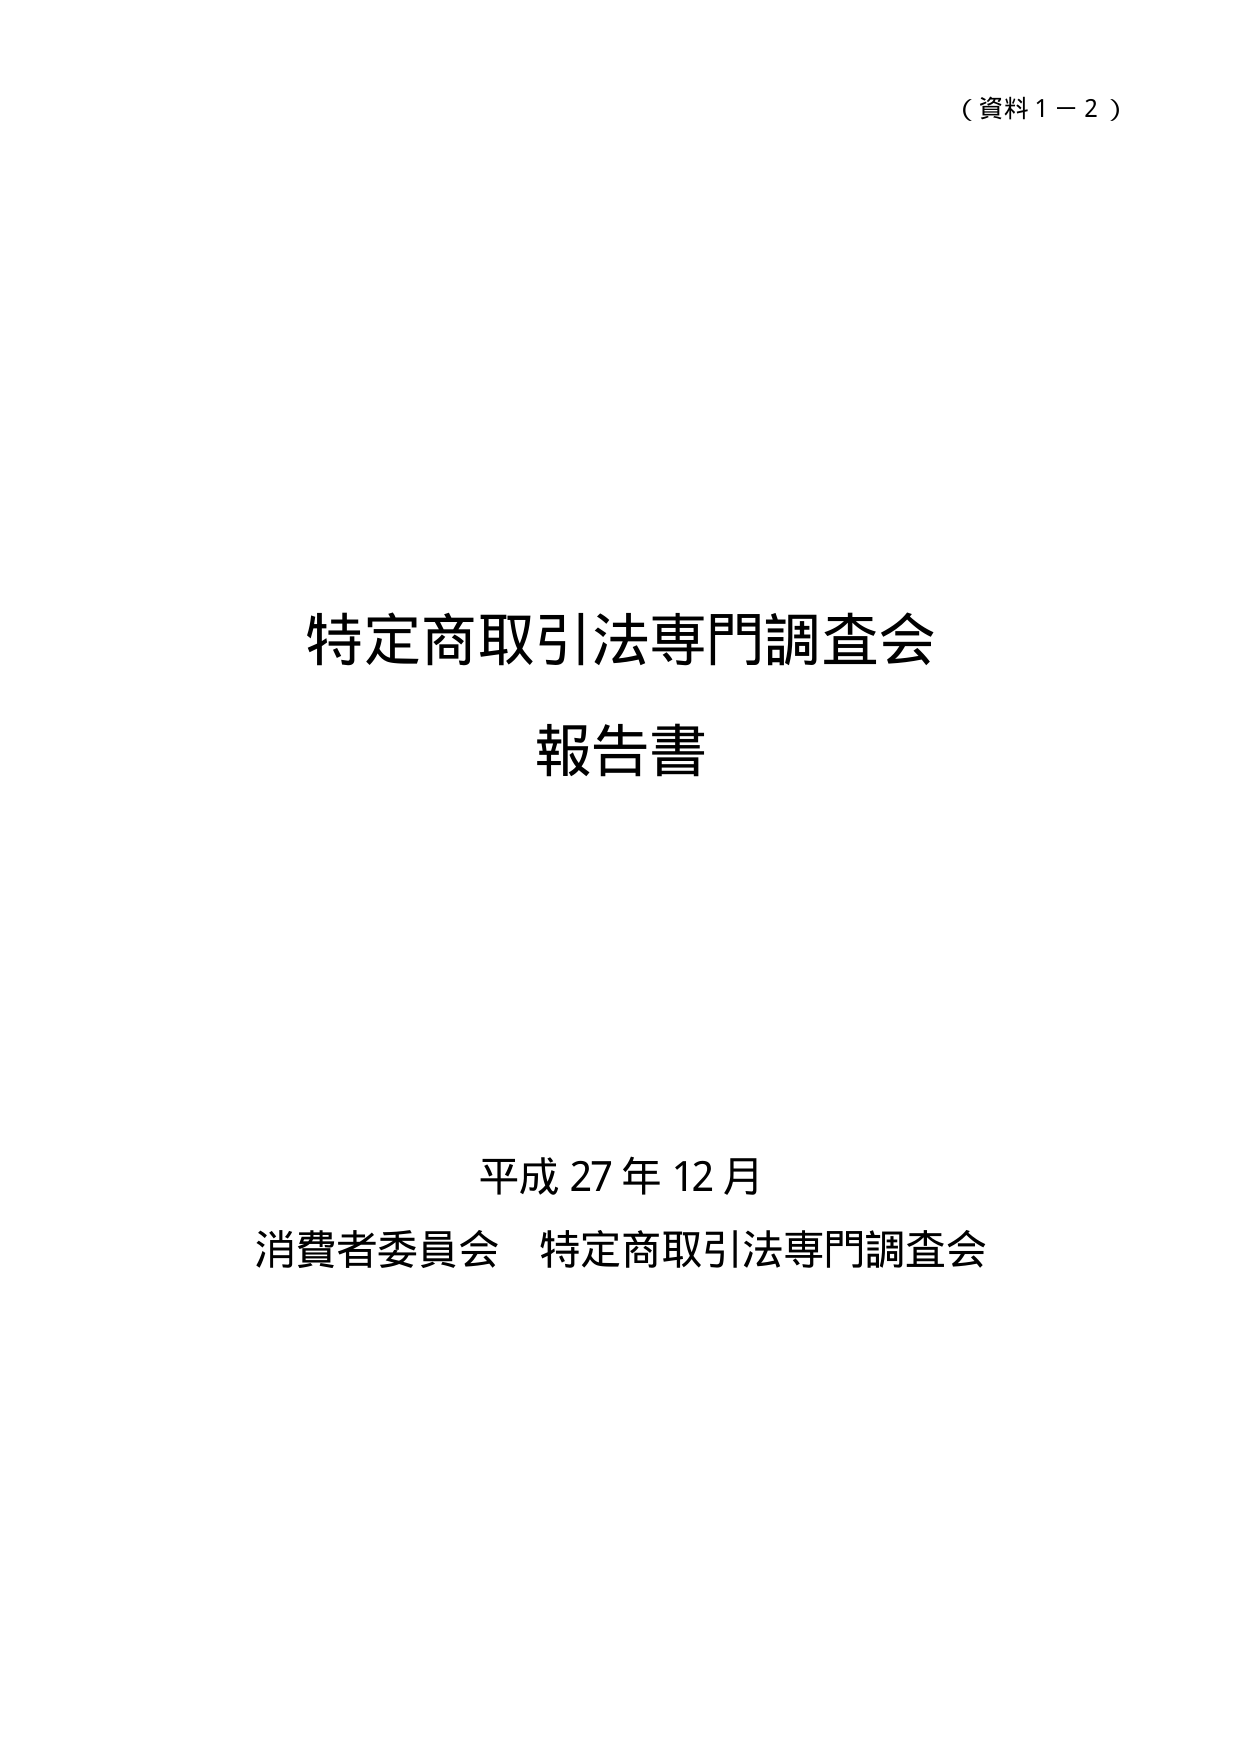
（資料１－２）

特定商取引法専門調査会
報告書

平成27年12月
消費者委員会 特定商取引法専門調査会